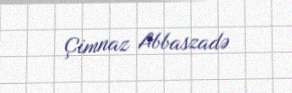
Çimnaz Abbaszadə